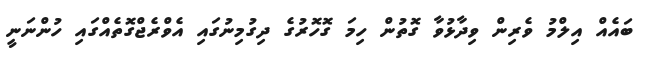
ބައެއް އިލްމު ވެރިން ވިދާޅުވާ ގޮތުން ހިމަ ގޮހޮރުގެ ދިގުމިނުގައި އެވްރެޖްގޮތެއްގައި ހުންނަނީ